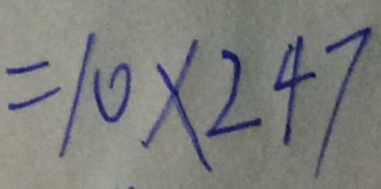
= 1 0 \times 2 4 7